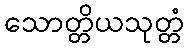
သောတ္တိယသုတ္တံ